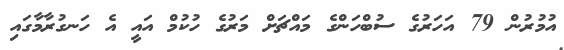
އުމުރުން 79 އަހަރުގެ ސުބްހަންގެ މައްޗަށް މަރުގެ ހުކުމް އައީ އެ ހަނގުރާމާގައި